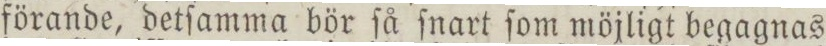
förande, detſamma bör ſå ſnart ſom möjligt begagnas